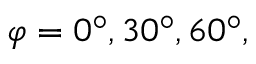
\varphi = 0 ^ { \circ } , 3 0 ^ { \circ } , 6 0 ^ { \circ } ,